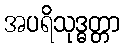
အပရိသုဒ္ဓတ္တာ